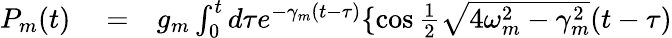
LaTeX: \begin{array}{rlr}{P_{m}(t)}&{{}=}&{g_{m}\int_{0}^{t}d\tau e^{-\gamma_{m}(t-\tau)}\{ \cos\frac{1}{2}\sqrt{4\omega_{m}^{2}-\gamma_{m}^{2}}(t-\tau)}\end{array}